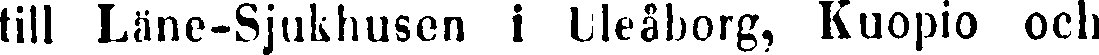
till Läne-Sjukhusen i Uleåborg, Kuopio och